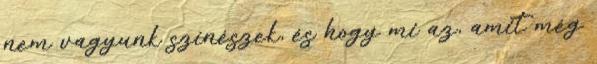
nem vagyunk színészek, és hogy mi az, amit még